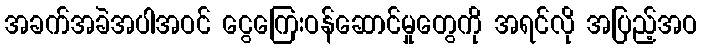
အခက်အခဲအပါအဝင် ငွေကြေးဝန်ဆောင်မှုတွေကို အရင်လို အပြည့်အဝ